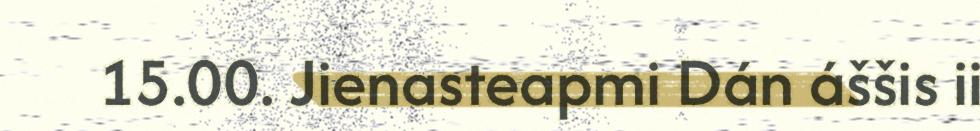
15.00. Jienasteapmi Dán áššis ii